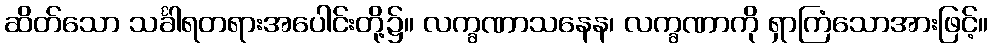
ဆိတ်သော သင်္ခါရတရားအပေါင်းတို့၌။ လက္ခဏာသနေန၊ လက္ခဏာကို ရှာကြံသောအားဖြင့်။